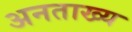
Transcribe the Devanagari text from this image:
अनताख्य